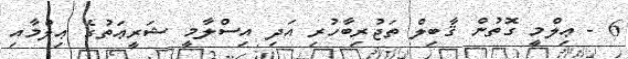
6 - ޢިލްމީ ގޮތުން ޤާބިލް ތަޖުރިބާހުރި އަދި އިސްލާމީ ޝަރީޢަތުގެ ޢިލްމާއި